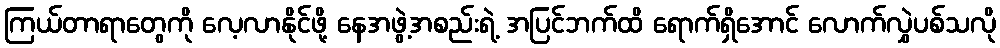
ကြယ်တာရာတွေကို လေ့လာနိုင်ဖို့ နေအဖွဲ့အစည်းရဲ့ အပြင်ဘက်ထိ ရောက်ရှိအောင် လောက်လွှဲပစ်သလို